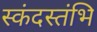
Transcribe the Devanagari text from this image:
स्कंदस्तंभि